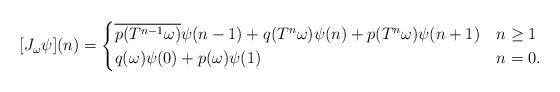
LaTeX: \begin{align*}[J_\omega\psi](n) = \begin{cases} \overline{p(T^{n-1}\omega)}\psi(n-1)+q(T^n\omega)\psi(n) + p(T^n\omega)\psi(n+1) & n \ge 1 \\ q(\omega)\psi(0) + p(\omega)\psi(1) & n = 0. \end{cases}\end{align*}